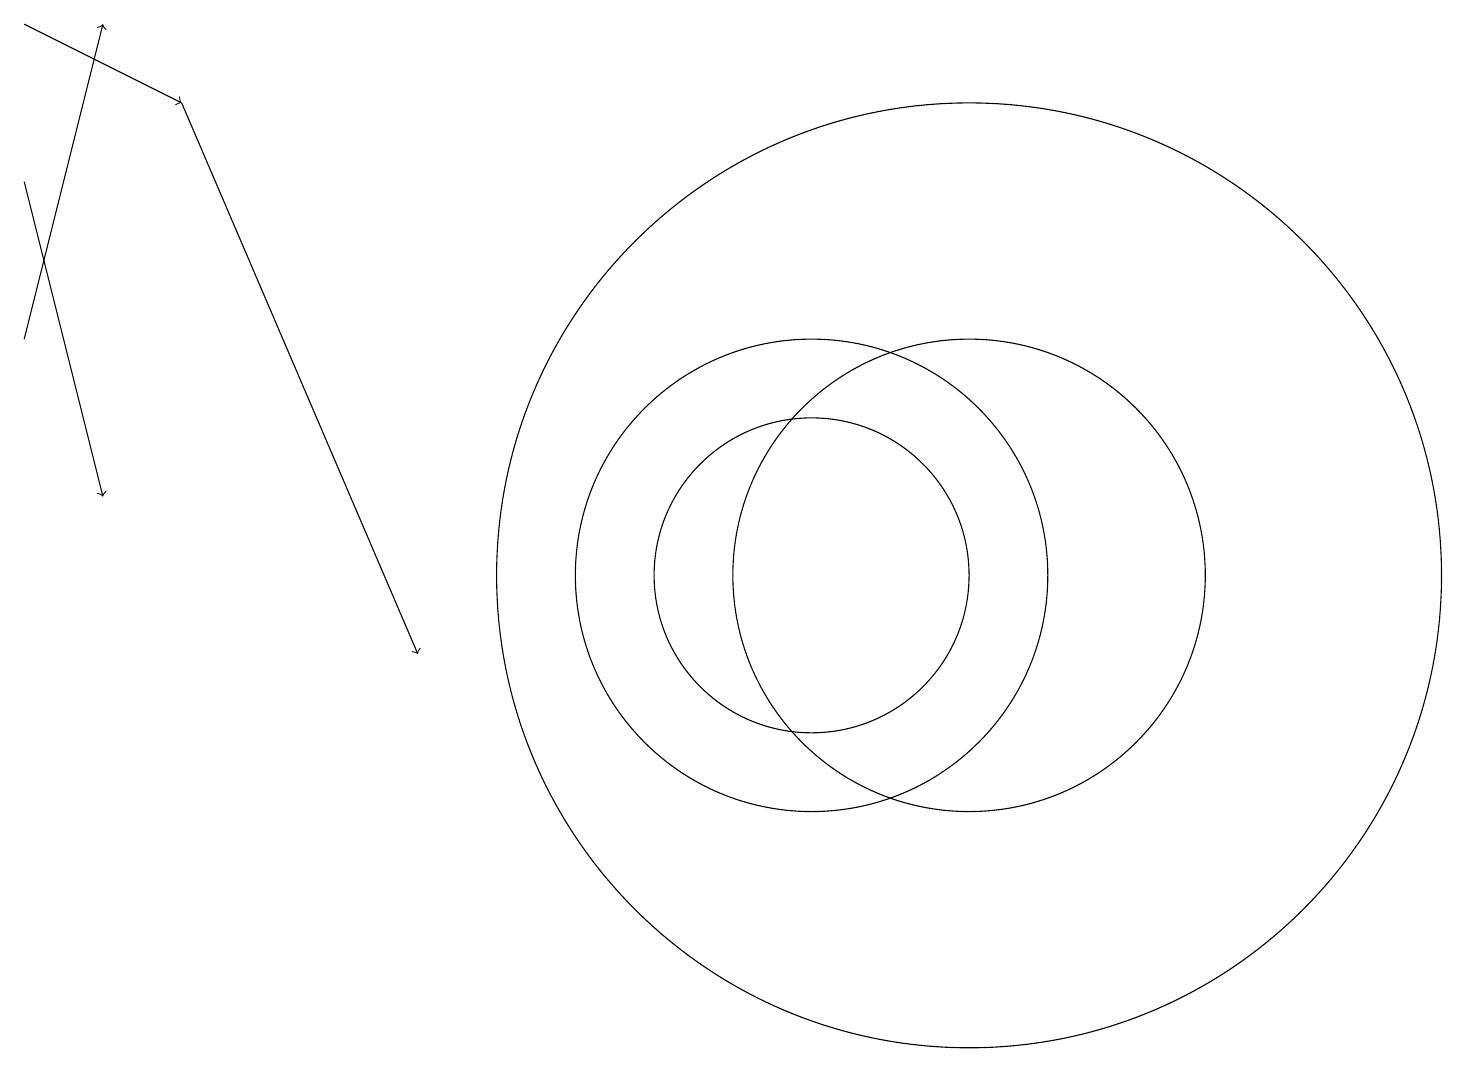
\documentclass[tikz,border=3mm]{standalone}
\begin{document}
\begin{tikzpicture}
\draw[->] (0,16) -- (1,12);
\draw (12,11) circle (6);
\draw (10,11) circle (2);
\draw (12,11) circle (3);
\draw[->] (2,17) -- (5,10);
\draw[->] (0,18) -- (2,17);
\draw[->] (0,14) -- (1,18);
\draw (10,11) circle (3);
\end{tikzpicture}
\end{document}